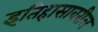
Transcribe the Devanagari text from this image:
इतिहासावरील